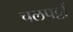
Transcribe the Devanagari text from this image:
चलपट्टों